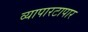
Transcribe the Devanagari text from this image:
व्यापारटापार